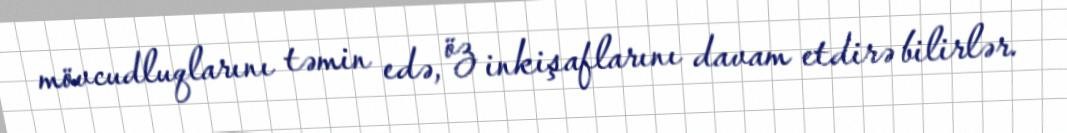
mövcudluqlarını təmin edə, öz inkişaflarını davam etdirə bilirlər.